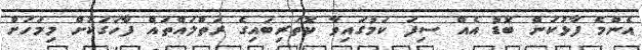
އެންމެ ފާޅުކަން ބޮޑު އެއް ސިފަ ކަމުގައިވާ ކޮތަރިބައިގެ ރަތްލައްތައް ފާހަގަކޮށް މިމަހަށް